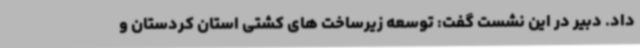
داد. دبیر در این نشست گفت: توسعه زیرساخت های کشتی استان کردستان و